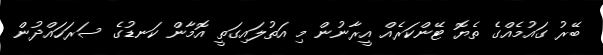
ބޭރު ގައުމެއްގެ ތެޔޮ ޓޭންކަރެއް އީރާނުން މި އަތުލައިގަތީ އޮމާން ކަނޑުގެ ސަރަހައްދުން